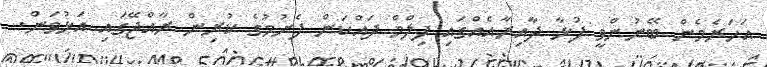
އަހަރެމެން ބޭނުންވީ ފުޅާ ދާއިރާއެއްގައި ފިލްމް ދައްކަން ފެށުމުގެ ކުރިން ރާއްޖޭގައި އަޅުވަން.